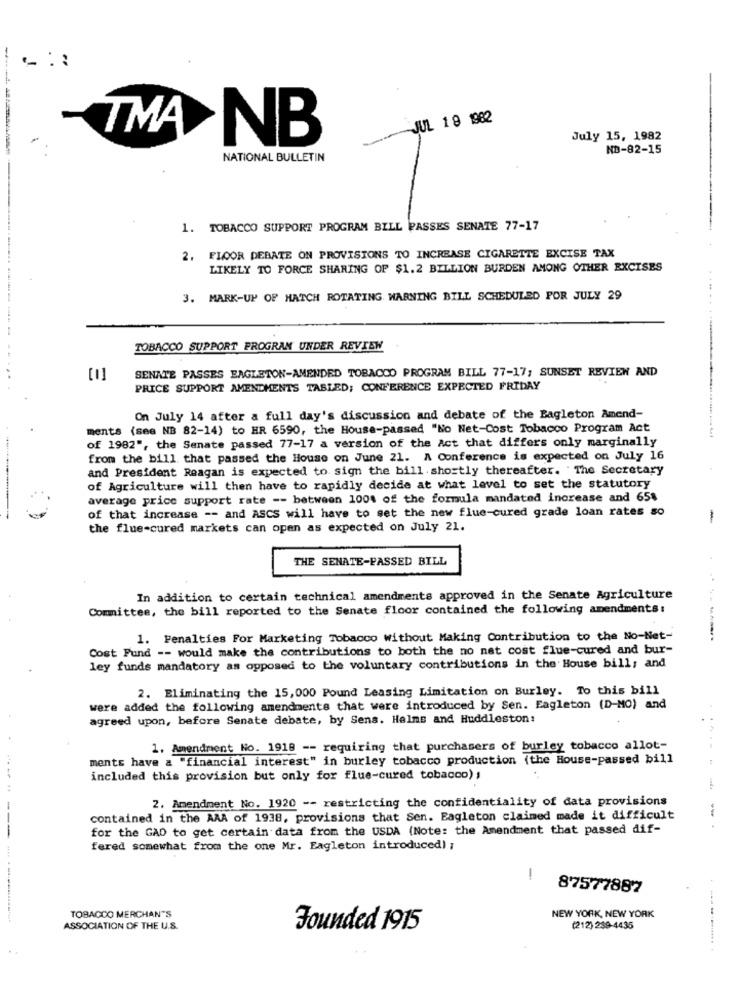
JUL 19 1982
TMA
NB
July 15, 1982
NB-82-15
NATIONAL BULLETIN
1. TOBACCO SUPPORT PROGRAM BILL PASSES SENATE 77-17
2. FLOOR DEBATE ON PROVISIONS TO INCREASE CIGARETTE EXCISE TAX
LIKELY TO FORCE SHARING OF $1.2 BILLION BURDEN AMONG OTHER EXCISES
3. MARK-UP OF HATCH ROTATING WARNING BILL SCHEDULED POR JULY 29
TOBACCO SUPPORT PROGRAM UNDER REVIEW
-------------- --
SENATE PASSES EAGLETON-AMENDED TOBACCO PROGRAM BILL 77-17; SUNSET REVIEW AND
PRICE SUPPORT AMENDMENTS TABLED; CONFERENCE EXPECTED FRIDAY
On July 14 after a full day's discussion and debate of the Eagleton Amend-
ments (see NB 82-14) to HR 6590, the House-passed "No Net-Cost Tobacco Program Act
of 1982", the Senate passed 77-17 a version of the Act that differs only marginally
from the bill that passed the House on June 21. A Conference is expected on July 16
and President Reagan is expected to sign the bill shortly thereafter. The Secretary
of Agriculture will then have to rapidly decide at what level to set the statutory
average price support rate -- between 100% of the formula mandated increase and 65%
of that increase -- and ASCS will have to set the new flue-cured grade loan rates so
-
the flue-cured markets can open as expected on July 21.
THE SENATE-PASSED BILL
In addition to certain technical amendments approved in the Senate Agriculture
Committee, the bill reported to the Senate floor contained the following amendments:
1. Penalties For Marketing Tobacco without Making Contribution to the No-Net-
Cost Fund -- would make the contributions to both the no nat cost flue-cured and bur-
ley funds mandatory as opposed to the voluntary contributions in the House bill; and
2. Eliminating the 15,000 Pound Leasing Limitation on Burley. To this bill
were added the following amendments that were introduced by Sen. Eagleton (D-MO) and
agreed upon, before Senate debate, by Sens. Halms and Huddleston:
1. Amendment No. 1918 -- requiring that purchasers of burley tobacco allot-
ments have a "financial interest" in burley tobacco production (the House-passed bill
included this provision but only for flue-cured tobacco) ,
2. Amendment No. 1920 -- restricting the confidentiality of data provisions
contained in the AAA of 1938, provisions that Sen. Eagleton claimed made it difficult
for the GAD to get certain data from the USDA (Note: the Amendment that passed dif-
fered somewhat from the one Mr. Eagleton introduced) ;
!
87577882
TOBACCO MERCHAN'S
NEW YORK, NEW YORK
ASSOCIATION OF THE U.S.
Founded 1915
(212) 239-4435